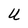
Character: U